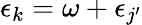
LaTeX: \epsilon_{k}=\omega+\epsilon_{j^{\prime}}